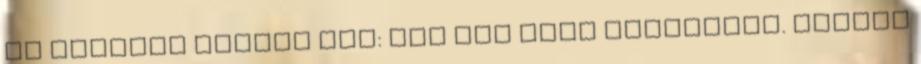
Az eredeti recept Itt: Még egy süti korábbról. Nagyon